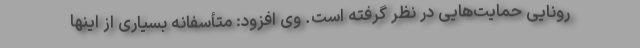
رونایی حمایت‌هایی در نظر گرفته است. وی افزود: متأسفانه بسیاری از اینها